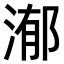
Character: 𣹙